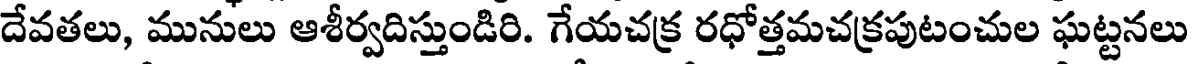
దేవతలు, మునులు ఆశీర్వదిస్తుండిరి. గేయచక్ర రధోత్తమచక్రపుటంచుల ఘట్టనలు